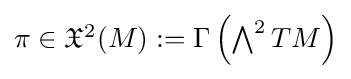
\textstyle \pi \in {\mathfrak {X}}^{2}(M):=\Gamma \left(\bigwedge ^{2}TM\right)